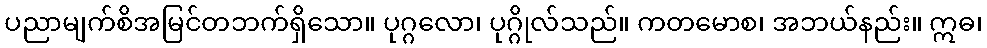
ပညာမျက်စိအမြင်တဘက်ရှိသော။ ပုဂ္ဂလော၊ ပုဂ္ဂိုလ်သည်။ ကတမောစ၊ အဘယ်နည်း။ ဣဓ၊